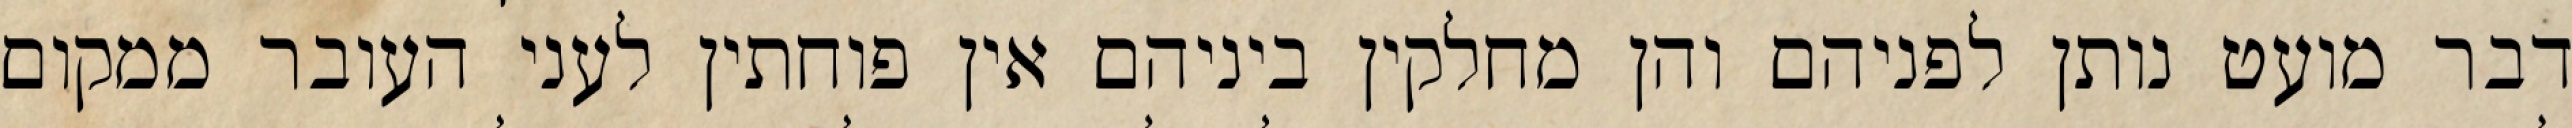
דבר מועט נותן לפניהם והן מחלקין ביניהם אין פוחתין לעני העובר ממקום